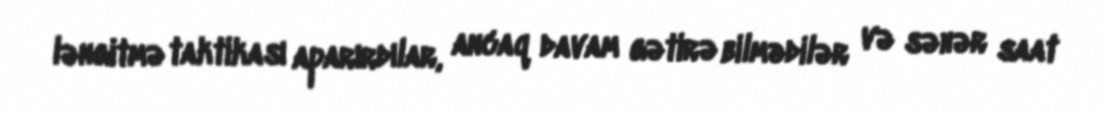
ləngitmə taktikası aparırdılar, ancaq davam gətirə bilmədilər və səhər saat